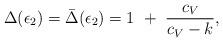
LaTeX: \begin{align*}\Delta(\epsilon_2)=\bar\Delta(\epsilon_2)=1~+~{c_V\over c_V-k},\end{align*}